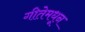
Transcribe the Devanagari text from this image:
गीतेमधून